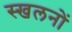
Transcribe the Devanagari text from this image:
स्खलनों